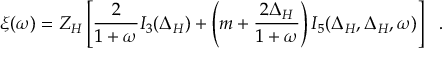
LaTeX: \xi ( \omega ) = Z _ { H } \left[ \frac { 2 } { 1 + \omega } I _ { 3 } ( \Delta _ { H } ) + \left( m + \frac { 2 \Delta _ { H } } { 1 + \omega } \right) I _ { 5 } ( \Delta _ { H } , \Delta _ { H } , \omega ) \right] ~ ~ .